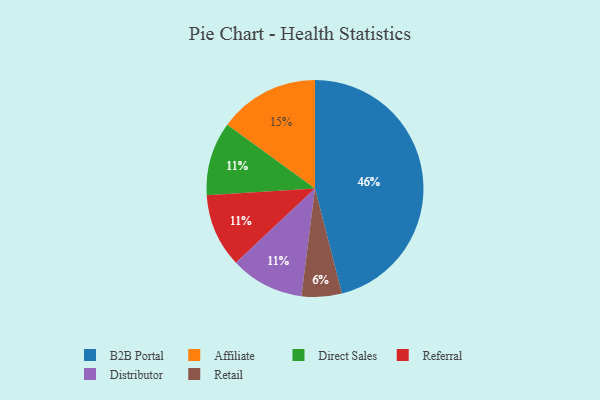
{"axis": {"x": "Category", "y": "Percentage"}, "legend": ["Affiliate", "B2B Portal", "Direct Sales", "Distributor", "Referral", "Retail"], "data": [{"x": "Affiliate", "y": 15, "type": "Affiliate"}, {"x": "Direct Sales", "y": 11, "type": "Direct Sales"}, {"x": "B2B Portal", "y": 46, "type": "B2B Portal"}, {"x": "Referral", "y": 11, "type": "Referral"}, {"x": "Retail", "y": 6, "type": "Retail"}, {"x": "Distributor", "y": 11, "type": "Distributor"}]}